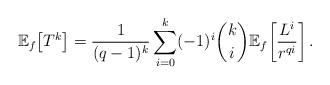
LaTeX: \begin{align*}\mathbb{E}_{f}\!\left[T^{k}\right]=\frac{1}{(q-1)^{k}}\sum_{i=0}^{k}(-1)^{i}\binom{k}{i}\mathbb{E}_{f}\!\left[\frac{L^{i}}{r^{qi}}\right].\end{align*}